system: You are a helpful assistant.
user:
Analyze the provided spectrum to determine if it is a **White Dwarf (WD)**.

A White Dwarf spectrum is defined by its **extreme purity** (due to gravitational settling) and/or **extreme pressure broadening** (due to high surface gravity). You must check for one of the following mutually exclusive signatures:

- **Key Visual Indicators (Check for ONE of these types):**

    - **1. DA-Type Signature (Most Common):**
        - **(Primary Feature):** Extreme pressure broadening (Stark broadening) of the **Hydrogen (H) Balmer lines**.
        - **(Key Lines):** $H\beta$ (approx. $4861$ Å) and $H\gamma$ (approx. $4340$ Å). $H\alpha$ (approx. $6563$ Å) will also be present if the wavelength range covers it.
        - **(Line Profile):** This is the **defining feature**. The lines are **NOT** sharp. They appear as massive, **extremely broad and deep "troughs" or "dips"** in the spectrum, often hundreds of Ångströms wide. The continuum will appear to "scoop" down at these wavelengths.
        - **(Distinction):** Normal A-type or B-type stars have *narrow* and *sharp* Hydrogen lines. A DA White Dwarf's lines are unmistakably "smeared" or "blurry" from pressure.

    - **2. DB-Type Signature:**
        - **(Primary Feature):** Broad absorption lines from **Neutral Helium (He I)**. The spectrum must lack any visible Hydrogen lines.
        - **(Key Lines):** Look for broad absorption near $4471$ Å, $4921$ Å, and $5876$ Å.
        - **(Line Profile):** These lines are also significantly pressure-broadened, appearing much wider than they would in a normal B-type main-sequence star.

    - **3. DC-Type Signature:**
        - **(Primary Feature):** A **featureless continuous spectrum**.
        - **(Line Profile):** The spectrum is a smooth curve with **no significant absorption or emission lines**.
        - **(Key Confirmation):** The continuum is almost always **blue or white**, indicating a hot object. This signature implies the atmosphere is so pure (or so cool) that no spectral lines are visible in the optical range. Its WD identity is confirmed by its extremely low intrinsic brightness (high absolute magnitude).

    - **4. DZ-Type Signature (Metal-Polluted):**
        - **(Primary Feature):** **Isolated, narrow metal absorption lines** on an otherwise featureless (DC-like) continuum.
        - **(Key Lines):** The **Calcium (Ca II) H & K doublet** (approx. **$3934$ Å** and **$3968$ Å**) is the most common and defining feature.
        - **(Line Profile):** These lines are "out of place." They are *not* part of a "forest" of thousands of lines. This signature is evidence of recent *accretion* (pollution) from rocky debris.
        - **(Distinction):** Normal G/K/M stars have a *dense forest* of thousands of metal lines. A DZ has a *clean* continuum with *only a few* strong metal lines.

    - **5. DQ-Type Signature (Carbon-Polluted):**
        - **(Primary Feature):** Absorption bands from **Carbon (C₂ "Swan Bands" or atomic C I)**.
        - **(Key Lines - C₂):** Look for bandheads with a "saw-tooth" shape near $5635$ Å, **$5165$ Å** (strongest), and $4737$ Å.
        - **(Key Confirmation):** The underlying **continuum must be blue or white** (hot).
        - **(Distinction):** This is the critical difference from a **Carbon Star**, which has the *exact same* C₂ bands but on an extremely **red, cool** continuum.

- **(Overall Spectrum):**
    - The continuum (overall shape) is typically **blue-sloping** (brighter in the blue than the red), as most white dwarfs are very hot.
    - The spectrum will look "pure" or "simple," dominated by only *one* of the five signatures listed above.

Think first, call **spectral_visualization_tool** if needed to examine features in detail, then provide your final answer. Your response must adhere to the following strict rules:
1.  **Overall Structure:** Your response must follow the format `<think>...</think> <tool_call>...</tool_call> (if a tool is used) <answer>...</answer>`.
2.  **Tool Usage Constraint:** You may only make **one** tool call per turn.
3.  **Final Answer Format:** In the `<answer>` tag, your conclusion must be inside a `\boxed{}` command (e.g., `\boxed{YES}` or `\boxed{NO}`), followed by your justification.

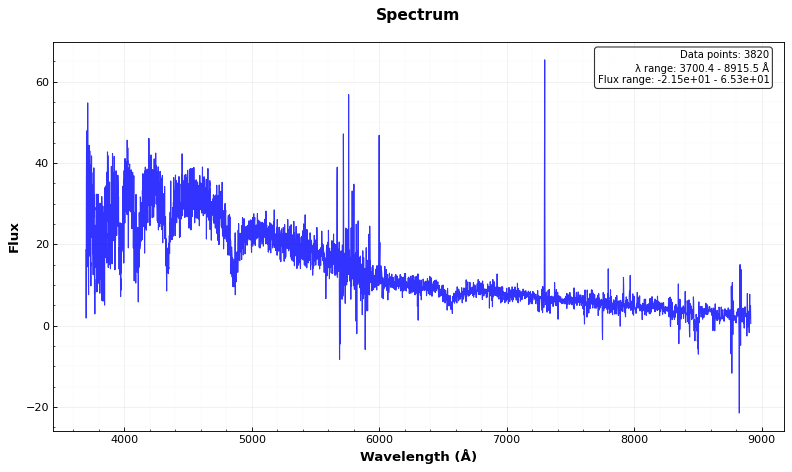
Answer: YES